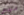
ليس